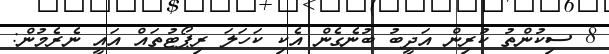
8 ސިކުންތު ކުރިން އަދީބު ބުނެގެން އެކި ކަހަލަ ރިޕޯޓުތައް އައީ ނެރެމުން: